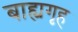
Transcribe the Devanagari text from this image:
बाह्यगृह